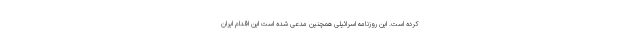
کرده است. این روزنامه اسرائیلی همچنین مدعی شده است این اقدام ایران